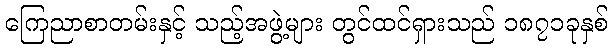
ကြေညာစာတမ်းနှင့် သည့်အဖွဲ့များ တွင်ထင်ရှားသည် ၁၈၇၁ခုနှစ်